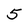
Character: 5